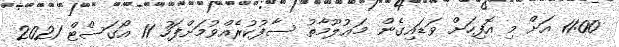
11:00 އަށް މި އޮފިހަށް ވަޑައިގެން މަޢުލޫމާތު ސާފުކުރެއްވުމަށްފަހު 11 އޯގަސްޓް 2021